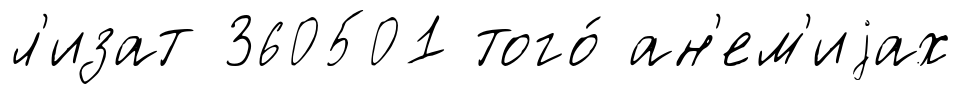
л'изат 360501 того́ ан'ем'иjах